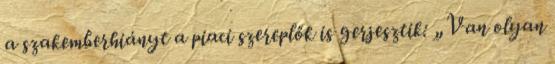
a szakemberhiányt a piaci szereplők is gerjesztik: „Van olyan